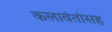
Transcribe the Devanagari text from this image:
कलावंतांसह